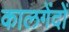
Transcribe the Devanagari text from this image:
कालगेंदों